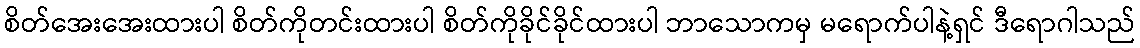
စိတ်အေးအေးထားပါ စိတ်ကိုတင်းထားပါ စိတ်ကိုခိုင်ခိုင်ထားပါ ဘာသောကမှ မရောက်ပါနဲ့ရှင် ဒီရောဂါသည်